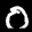
Label: 0